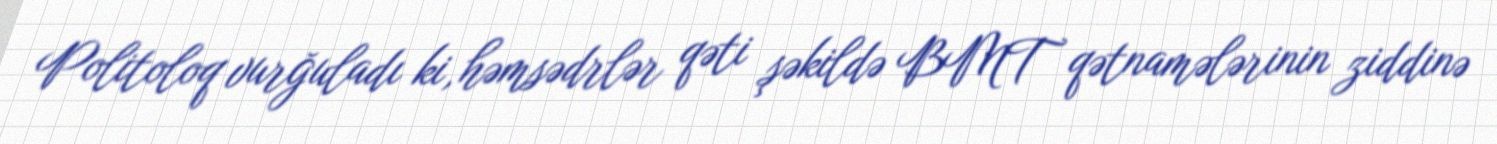
Politoloq vurğuladı ki, həmsədrlər qəti şəkildə BMT qətnamələrinin ziddinə